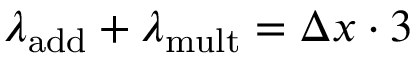
\lambda _ { \mathrm { a d d } } + \lambda _ { \mathrm { m u l t } } = \Delta x \cdot 3